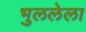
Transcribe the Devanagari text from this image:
भुललेला